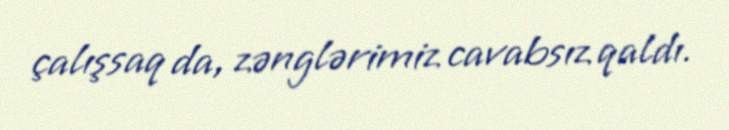
çalışsaq da, zənglərimiz cavabsız qaldı.